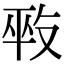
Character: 𠭕